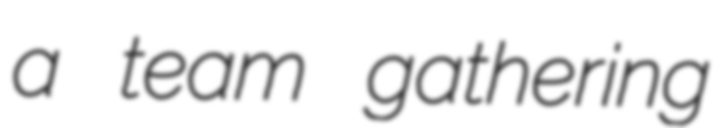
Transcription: a team gathering